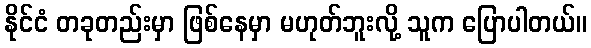
နိုင်ငံ တခုတည်းမှာ ဖြစ်နေမှာ မဟုတ်ဘူးလို့ သူက ပြောပါတယ်။